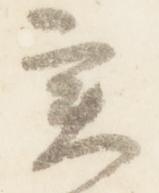
実